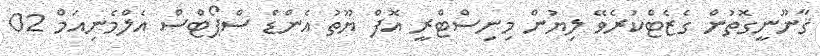
ޤާނޫނީގޮތުން ގެޒެޓްކުރެވޭ ލިޔުން މިނިސްޓްރީ އޮފް ޔޫތު އެންޑް ސްޕޯޓްސް އެލްމެނިއަމް 02